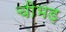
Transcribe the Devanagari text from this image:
चीभड़